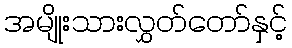
အမျိုးသားလွှတ်တော်နှင့်